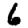
Digit: 6